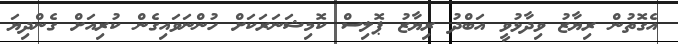
އެގޮތުން ރިޔާޒު ވިދާޅުވީ އަބްދު ރިޔާޒު ޕޮލިސް ކޮމިޝަނަރަކަށް ހުންނަވައިގެން ކުރިއަށް ގެންދިޔަ